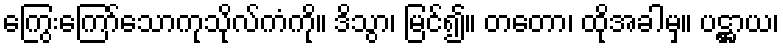
ကြွေးကြော်သောကုသိုလ်ကံကို။ ဒိသွာ၊ မြင်၍။ တတော၊ ထိုအခါမှ။ ပဋ္ဌာယ၊